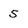
Character: 5